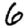
Digit: 6